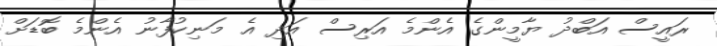
ރައީސް އަބްދު ޔާމީންގެ އެންމެ އަރިސް އަދި އެ މަނިކުފާނު އެންމެ ބޮޑަށް